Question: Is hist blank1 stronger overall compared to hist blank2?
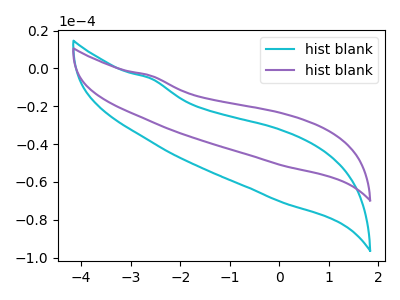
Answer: <think>The cyan curve "hist blank1" has no peaks. The purple curve "hist blank2" has no peaks.
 Neither "hist blank1" or "hist blank2" have any peaks.</think>
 <answer>I cant tell if "hist blank1" or "hist blank2" has more signal.</answer>
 <eval>mixed_signal</eval>